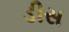
ડીસ